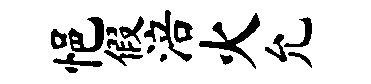
悒假涪火允